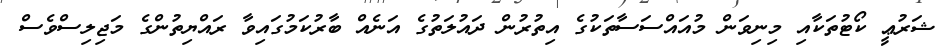
ޝަރުޢީ ކޯޓުތަކާއި މިނިވަން މުއައްސަސާތަކުގެ އިތުރުން ދައުލަތުގެ އަނެއް ބާރުކަމުގައިވާ ރައްޔިތުންގެ މަޖިލިސްވެސް